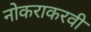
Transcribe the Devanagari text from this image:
नोकराकरवी